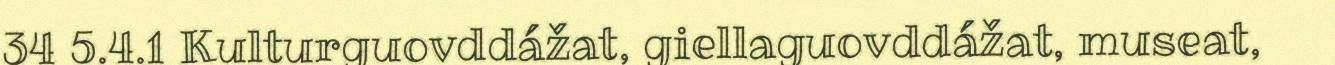
34 5.4.1 Kulturguovddážat, giellaguovddážat, museat,